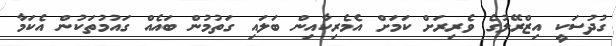
ގުދުސަކީ އިޒްރޭލުގެ ވެރިރަށް ކަމަށް އެމެރިކާއިން ބަލައި ގަތުމުން ބައެއް ގައުމުތަކުން އެކަމާ